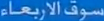
سوفالإبعاد